Language: tamil
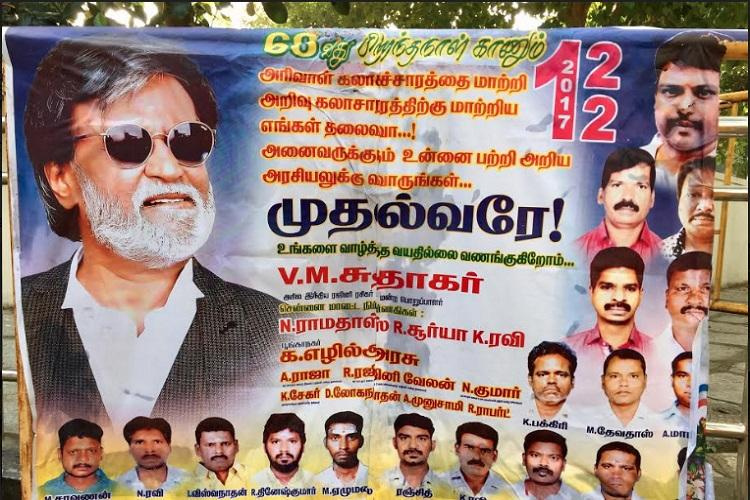
Transcription: பக்கிரி சேகர் முனுசாமி ராபர்ட் ராஜா வேலன் அரிவாள் கலாசாரத்திற்கு மாற்றிய எங்கள் அனைவருக்கும் உன்னை அறிய உங்களை வயதில்லை வணங்குகிறோம் சுதாகா் ரவி க ரசு தேவதாஸ் கலாச்சாரத்தை தலைவா அறிவு வாருங்கள் அரசியலுக்கு குமார் பற்றி எழில் முதல்வரே மாற்றி